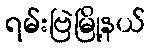
ရမ်းဗြဲမြို့နယ်